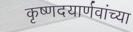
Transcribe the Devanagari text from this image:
कृष्णदयार्णवांच्या